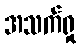
အသက်ရှု